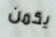
يكمن